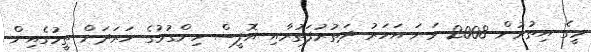
މީގެ އިތުރުން 2008 ވަނަ އަހަރު ދަތުރުފަތުރާއި އޮފީސް ހިންގުމުގެ ހަރަދަށް ތީމުގެއިން